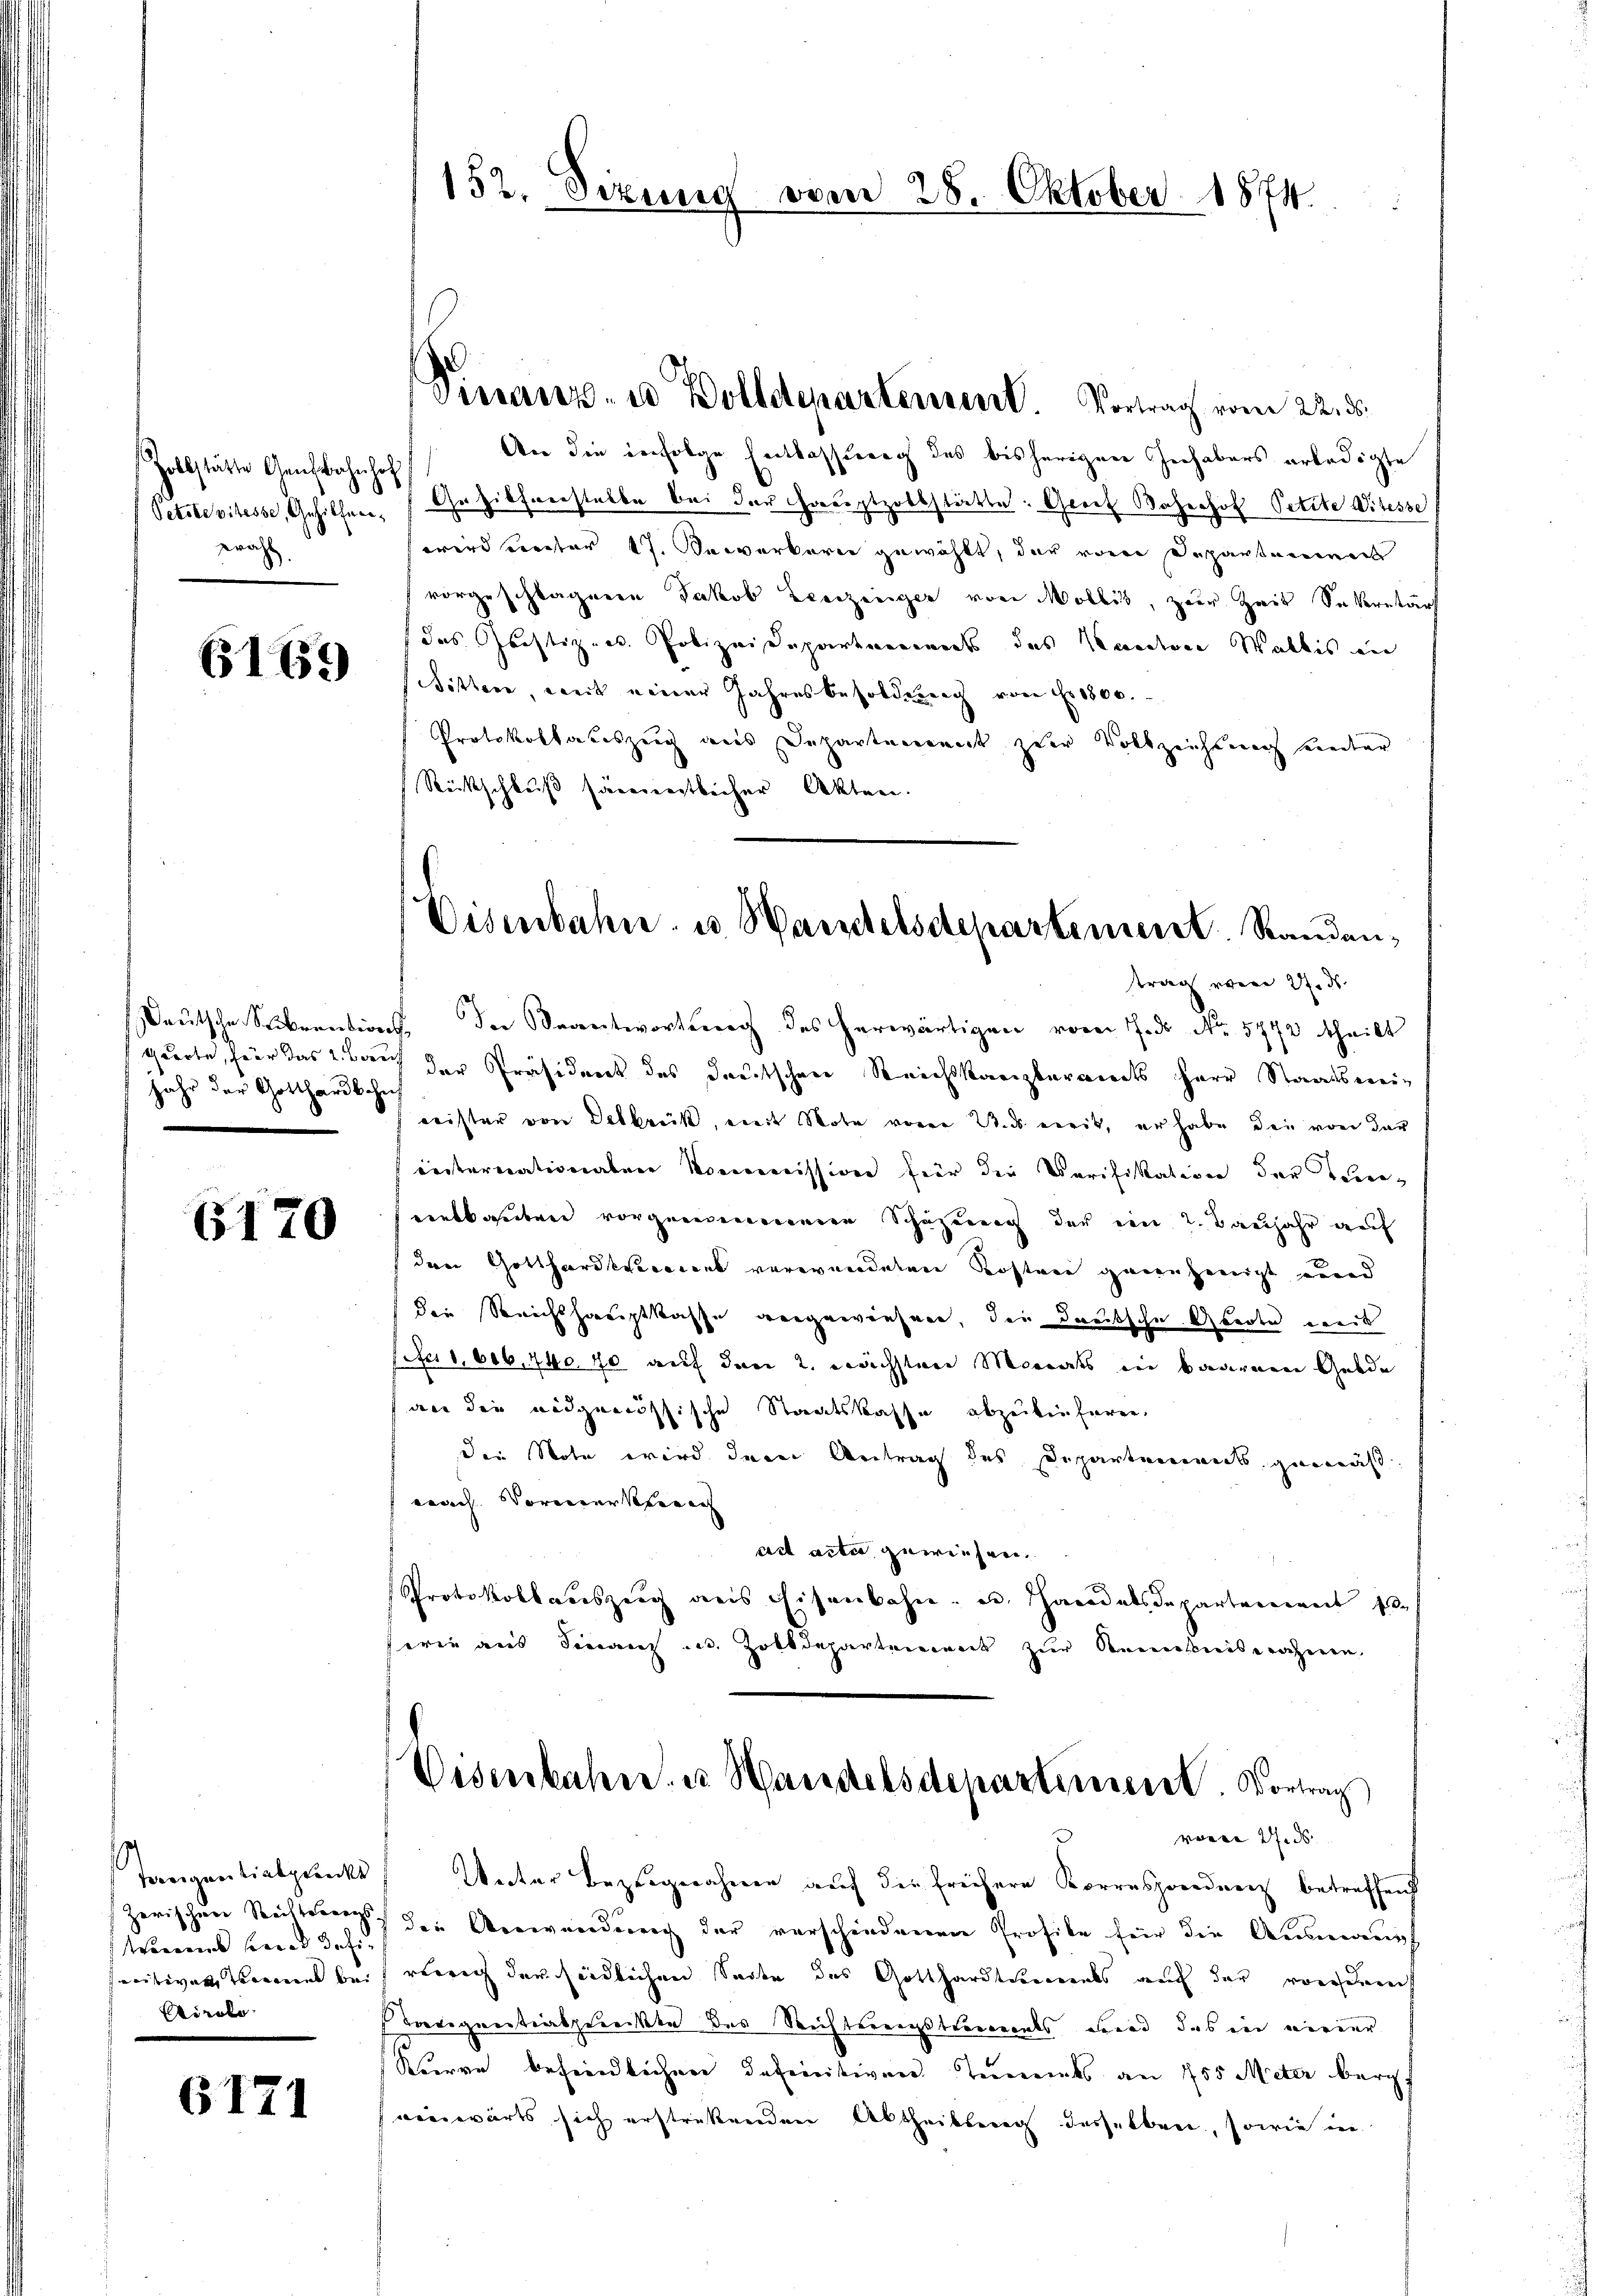
Zollstätte Gensbahnhof
Petite vitesse, Gehilferiwahl.

6169

Deutsche Stikrention
Gworte, für das 2 Bau
jahr der Gotthardbahn

6170

Wernis hered definitiven Kennt bei
Airole

6171

152. Sizung vom 28. Oktober 1874.

Sieranz- u Bolldepartement. Vortrag vom 22. ds.

An die infolge Entlassung des bisherigen Inhabers erledigte
Gehilfeerstellte bei der Hauptzobkstätte. Greif Bahnhof Petite Witesse
wird erster 17. Bewerkerei gewählt, der von Departemens
vorgeschlagene Jakob Lenzeiger von Mollis, zur Zeit Sekretär
das Rechtizen Polizeidepartemens des Kandiren Wallis in
Sitten, weit einer Jahresbesoldung von Fr. 1800.
Protokollauszeich aus Departement zur Volkzeichtung unter
Rückschluß sämentlicher Akten.
Oder Beantwortung des herwärtigen vom 7. ds N. 5772 theilt
d
ch der Präsident des deutschen Reichskanzlerrierts Herr Staatswei¬
Leister von Delbrück, mit Note von Was weit, er habe die von der
resternationalner Norweission für die Verifikation der Tenevenaben vorgenommenen Schäzenung der ein 2. Banjahr auf
den Gotthardtstrocent verwundetene Kosten geruheneigt wurd
die Reichshauptkasse angewiesen, die Deutsche Grote weis
sofer 1, 606. 440 40 auf den 2. nächsten Monats in baarnen Gelde
an der eidgenössische Staatskasse abzuikeifaren,
die Note wird deren Antrag des Departements gemäß
nach Vormerkerech
act acter gewiesen.
Protokollauszeig aus Eisenbahn- u. Handelsdepartenweit s
Ferie aus Finanz u. Zolldepartement zur Reisinistrahen.

Eisenbahn- u. Wartelsdepartement. Randantrag vom 27. ds.

Disenbahn u. Handelsdepartiieren. Vortrag
n 27. ds.

Tangentiatpunkt, Unter Bezugnahme auch die frühere Korrespondenz betreffend
zerischen Richtung die Anwendung der verschiedenen Profile für die Ausmanns
wierig der südlichen Seite des Gotthardtsmals auch der vorscheint
Vatigentiabgerecken des Rechterungstements und das in nieder
Kurve befindlichen definitiven unents an 755 Meter berg
einwärts sich erstrekenden Abtheilung desselben, sowie in